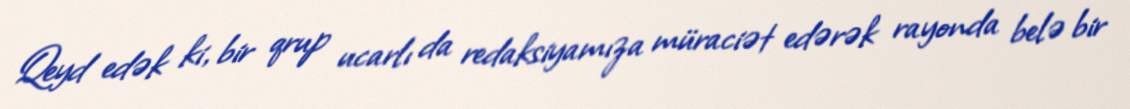
Qeyd edək ki, bir qrup ucarlı da redaksiyamıza müraciət edərək rayonda belə bir